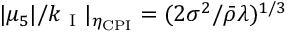
| \mu _ { 5 } | / k _ { \mathrm { ~ I ~ } } | _ { \eta _ { \mathrm { C P I } } } = ( 2 \sigma ^ { 2 } / { \bar { \rho } } \lambda ) ^ { 1 / 3 }